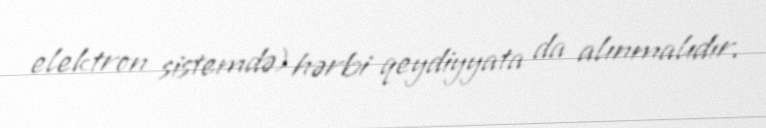
elektron sistemdə) hərbi qeydiyyata da alınmalıdır.